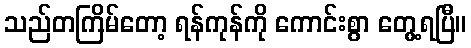
သည်တကြိမ်တော့ ရန်ကုန်ကို ကောင်းစွာ တွေ့ရပြီ။